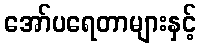
အော်ပရေတာများနှင့်